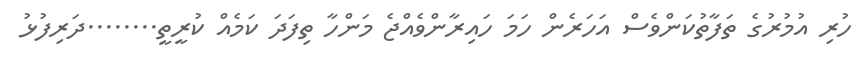
ހުރި އުމުރުގެ ތަފާތުކަންވެސް އަހަރެން ހަމަ ހައިރާންވެއްޖެ މަންހާ ތިފަދަ ކަމެއް ކުރީތީ........ދަރިފުޅު